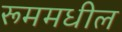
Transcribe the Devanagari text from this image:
रूममधील